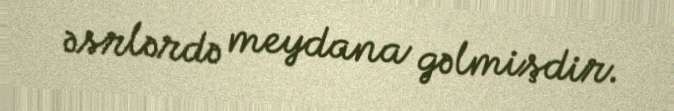
əsrlərdə meydana gəlmişdir.